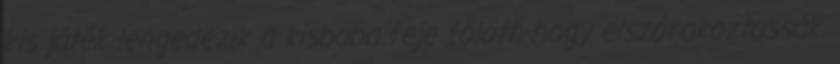
kis játék lengedezik a kisbaba feje fölött, hogy elszórakoztassák.